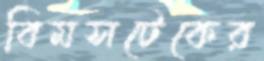
বিমসটেকের